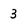
Character: 3